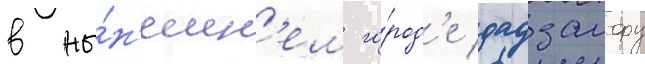
в ны́н'ешн'ем го́род'е дадзаифу